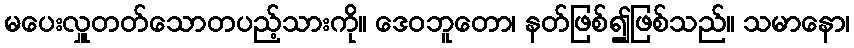
မပေးလှူတတ်သောတပည့်သားကို။ ဒေဝဘူတော၊ နတ်ဖြစ်၍ဖြစ်သည်။ သမာနော၊